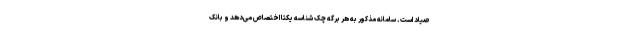
صیاد است. سامانه مذکور به هر برگه چک شناسه یکتا اختصاص می‌دهد و بانک